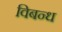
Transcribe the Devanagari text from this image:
विबन्ध